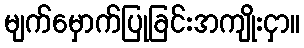
မျက်မှောက်ပြုခြင်းအကျိုးငှာ။